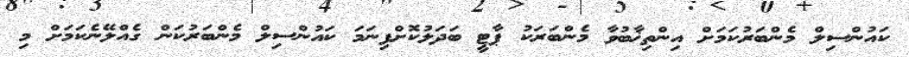
ކައުންސިލް މެންބަރުކަމަށް އިންތިޚާބުވާ މެންބަރަކު ޕާޓީ ބަދަލުކޮށްފިނަމަ ކައުންސިލް މެންބަރުކަން ގެއްލޭނެކަމަށް މި